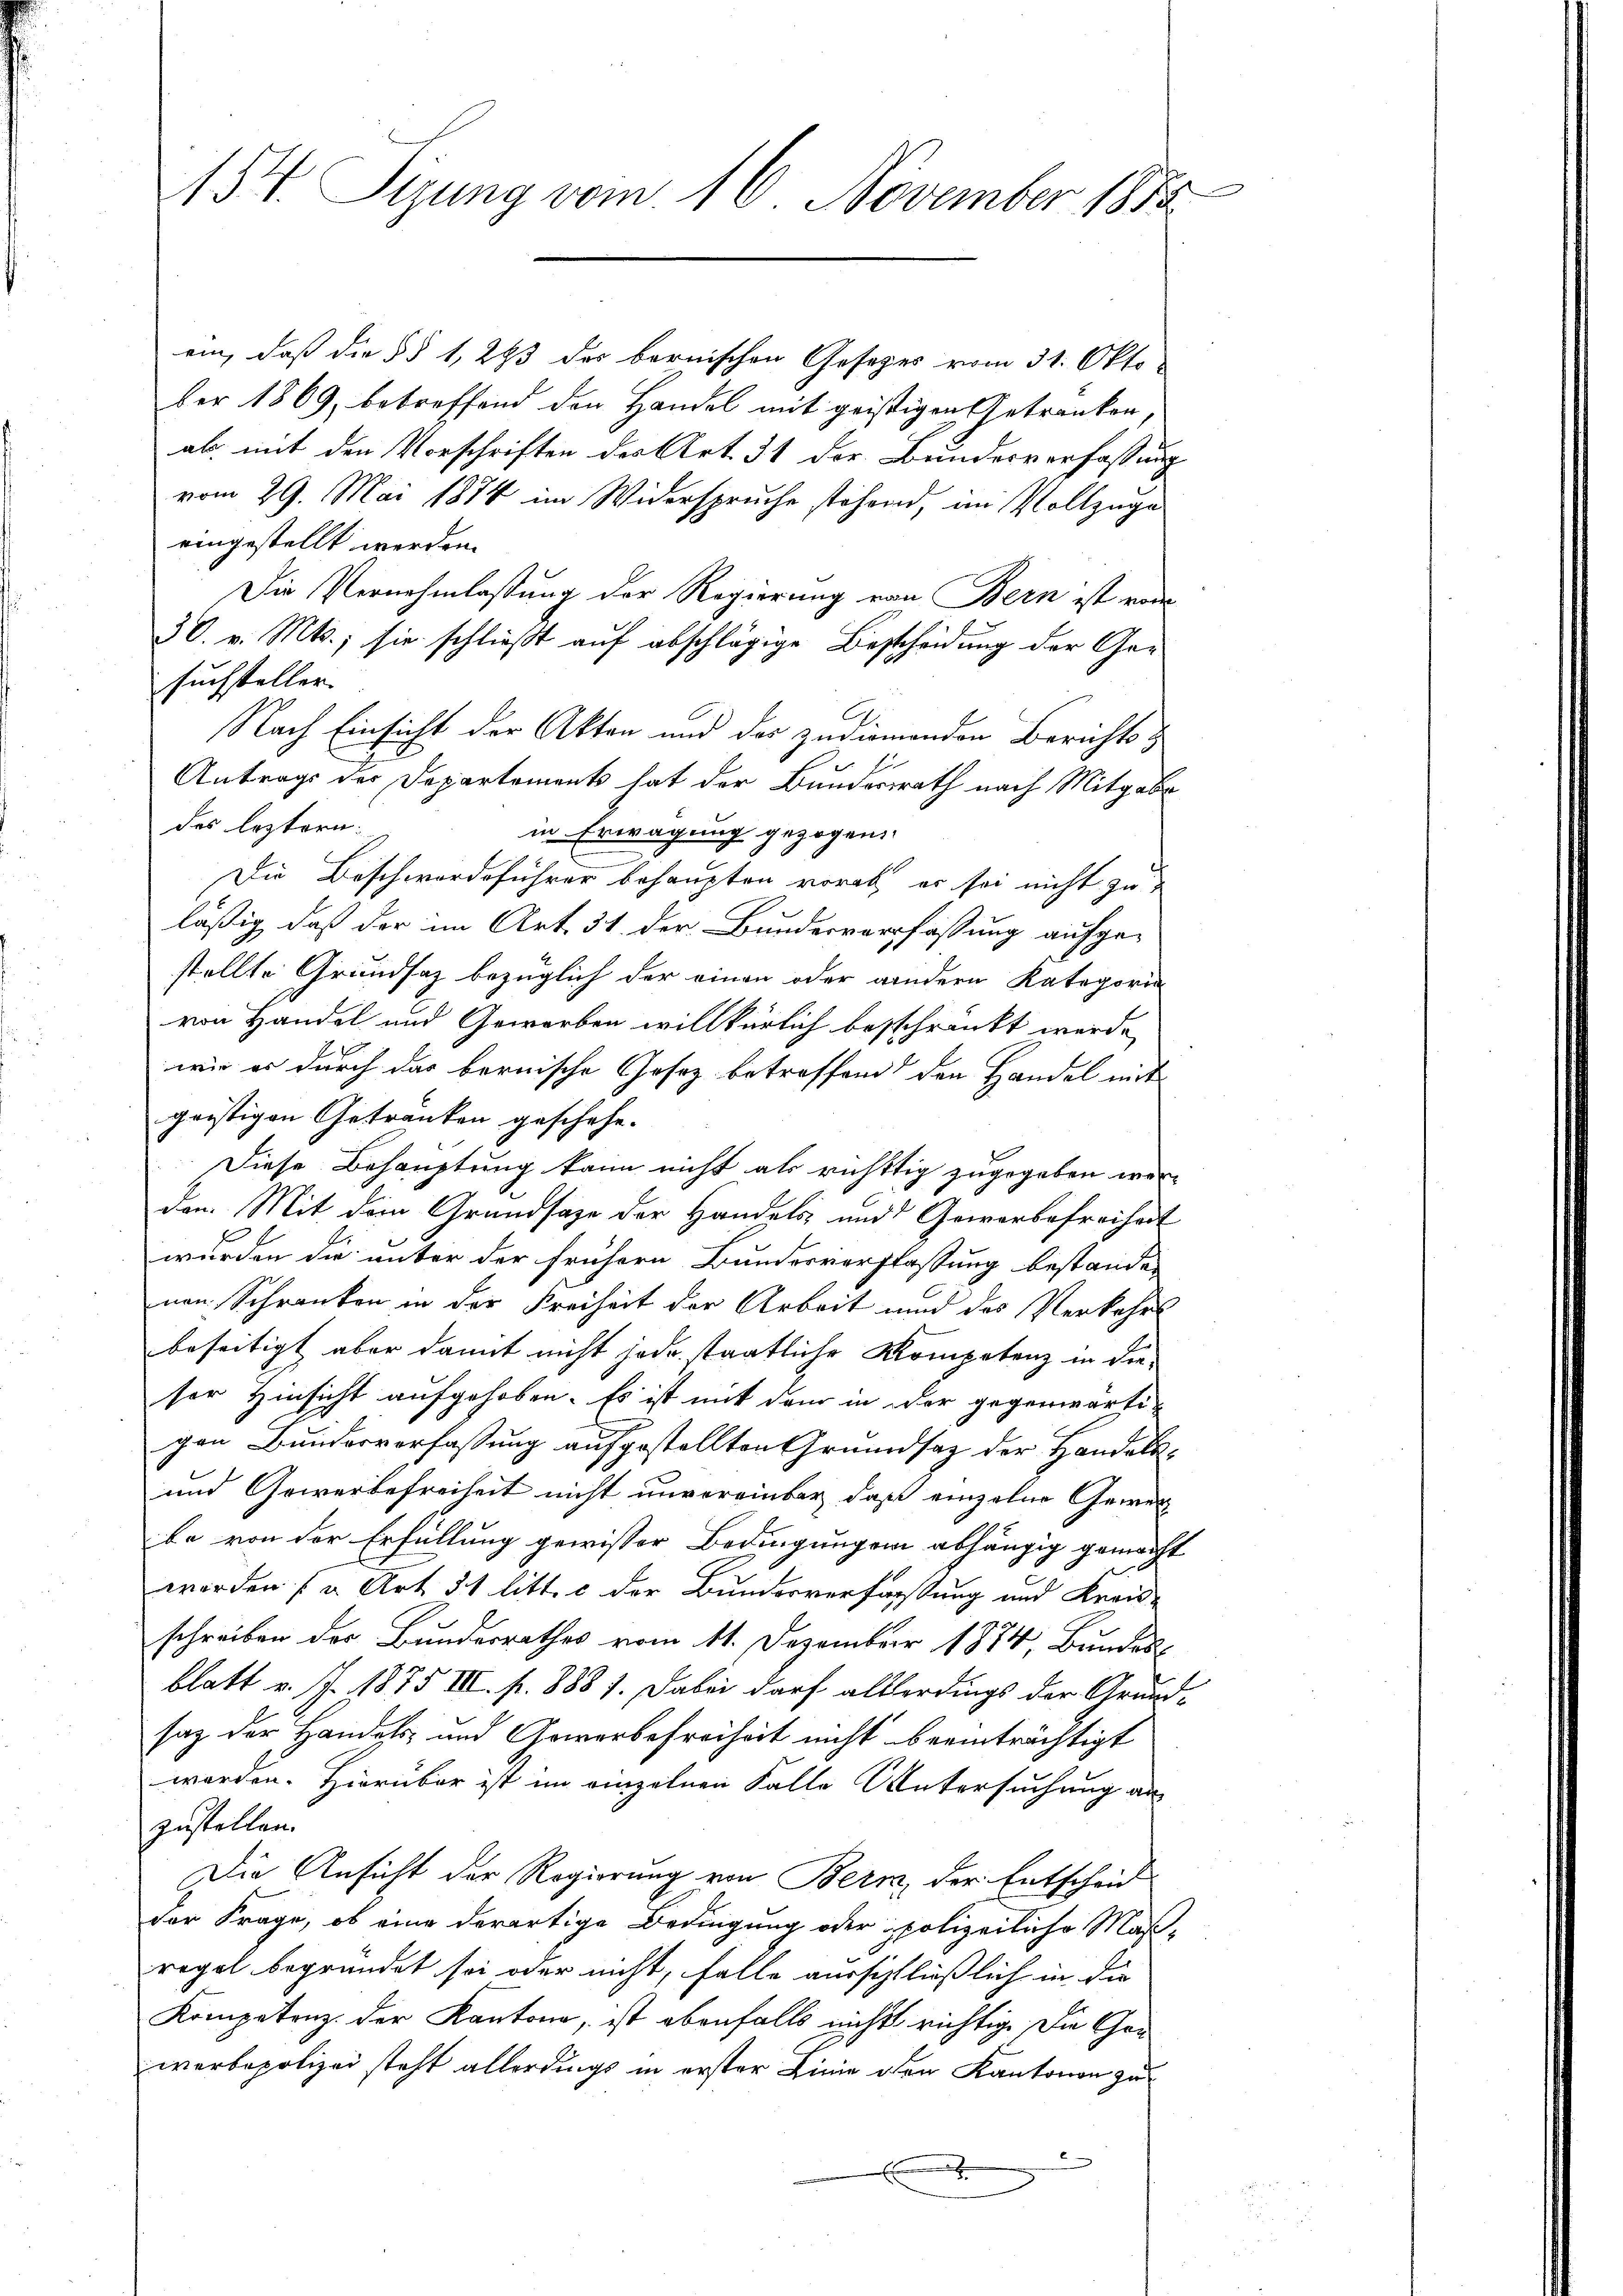
154. Sizung vom 16. November 1883

suchsteller
des leztern:
von Handel und Geworben willkürlich besschränkt wurde,
wie er durch das bernische Gesetz betreffend den Handel mit
gristigen Getranken geschehe.
Diese Behauptung kann nicht als richttig zugegeben werden. Mit dem Grundsaze der Handels- und Gewerbefreiheit
wurden die unter der frühern Bundesverfassung bestanden
nen Schranken in der Freiheit der Arbeit und des Verkehrs
beseitigt aber damit nicht jede staatliche Kompetenz in derser Hinsicht aufgehoben. Es ist mit dem in der gegenwärti-
gen Bundesverfassung aufgestellten Grundsatz der Handels¬
und Gewerbefreiheit nicht unvereinbar, daß einzelne Gewer
be von der Erfüllung gewisser Bedingungen abhängig gemacht
worden [ u. Art. 31 litt. c der Bundesverfassung und Kreis-
schreiben der Bundesrathes vom 11. Dezember 1874, Bundes
blatt v. J. 1875 III. p. 8887. Dabei darf allerdings der Grundsaz der Handels- und Gewerbefreiheit nicht beeinträchtigt
worden. Hierüber ist im einzelnen Falle Untersuchung an
zustellen.
Die Ansicht der Regierung von Bern, der Entscheid
der Frage, ob eine derartige Bedingung oder polizeiliche Maßrogot begründet sei oder nicht, falle ausschließlich in die
Kompetenz der Kantone, ist ebenfalls nicht richtige die Grüwerbepolizei steht allerdings in erster Linie den Kantonen zu
.

ein, daß die §§ 1, 293 der bernischen Gesetzes vom 31. Okto-
ber 1869, betreffend den Handel mit geistigen Getranken,
ab, mit den Vorschriften der Art. 31 der Bundesverfassung
vom 29. Mai 1874 im Widerspruche stehend, im Vollzuge
eingestellt werden.
Die Vernehmlassung der Regierung von Bern ist von
30. v. Mts., sie schließt auf abschlägige Bescheidung der Ge¬
Nach Einsicht der Akten und des zudienenden Berichts &
Antrags der Departement hat der Bundesrath nach Mitgabe
in Erwägung gezogen.
.
Die Beschwerdeführer behaupten vorab, er sei nicht zu
läßig, daß der im Art. 31 der Bundesverfassung aufgestellte Grundsatz bezüglich der einen oder andern Kategorie